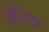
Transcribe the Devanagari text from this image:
ग्रेज़िया